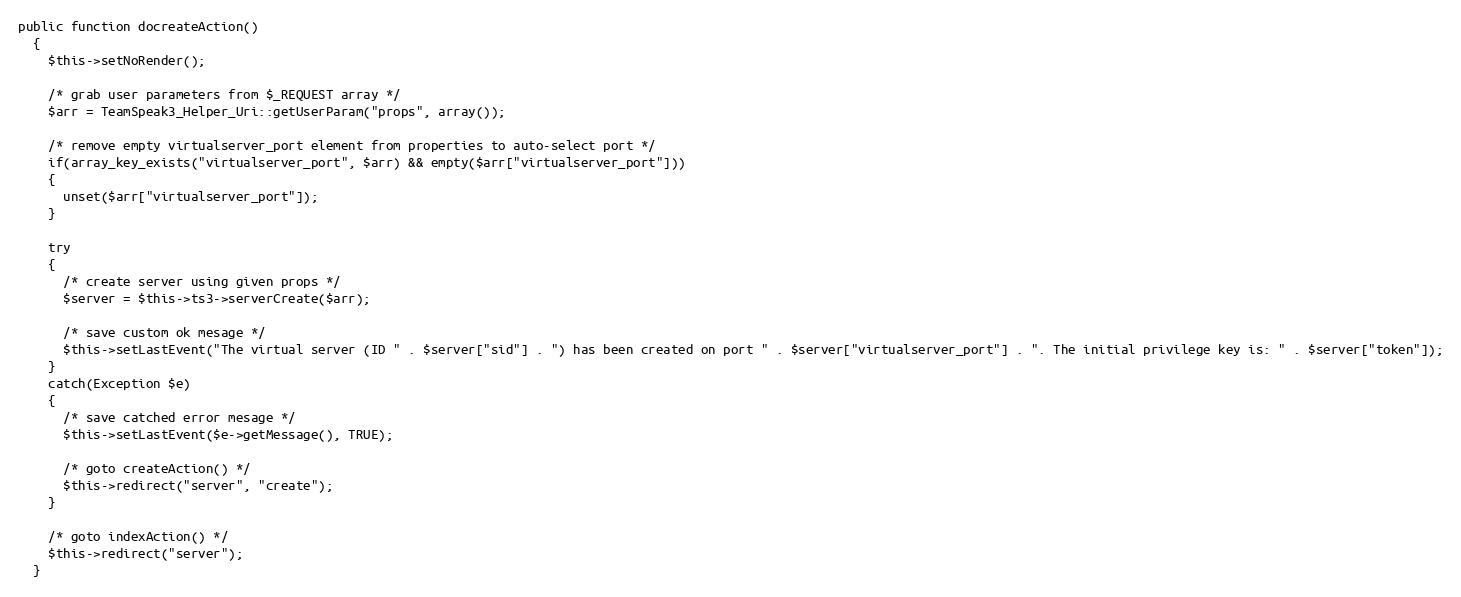
Language: PHP
public function docreateAction()
  {
    $this->setNoRender();

    /* grab user parameters from $_REQUEST array */
    $arr = TeamSpeak3_Helper_Uri::getUserParam("props", array());

    /* remove empty virtualserver_port element from properties to auto-select port */
    if(array_key_exists("virtualserver_port", $arr) && empty($arr["virtualserver_port"]))
    {
      unset($arr["virtualserver_port"]);
    }

    try
    {
      /* create server using given props */
      $server = $this->ts3->serverCreate($arr);

      /* save custom ok mesage */
      $this->setLastEvent("The virtual server (ID " . $server["sid"] . ") has been created on port " . $server["virtualserver_port"] . ". The initial privilege key is: " . $server["token"]);
    }
    catch(Exception $e)
    {
      /* save catched error mesage */
      $this->setLastEvent($e->getMessage(), TRUE);

      /* goto createAction() */
      $this->redirect("server", "create");
    }

    /* goto indexAction() */
    $this->redirect("server");
  }